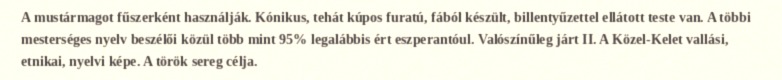
A mustármagot fűszerként használják. Kónikus, tehát kúpos furatú, fából készült, billentyűzettel ellátott teste van. A többi mesterséges nyelv beszélői közül több mint 95% legalábbis ért eszperantóul. Valószínűleg járt II. A Közel-Kelet vallási, etnikai, nyelvi képe. A török sereg célja.